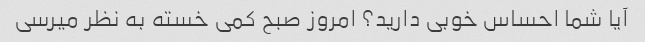
آیا شما احساس خوبی دارید؟ امروز صبح کمی خسته به نظر میرسی